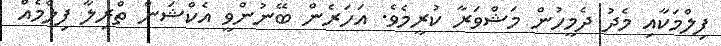
ފިލްމަކާއި މެދު ދެމީހުން މަޝްވަރާ ކުރީމެވެ. އަހަރެން ބޭނުންވީ އެކްޝަން ތްރިލާ ފިލްމެއް